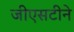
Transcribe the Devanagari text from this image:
जीएसटीने